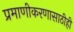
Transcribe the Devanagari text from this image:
प्रमाणीकरणासाठीही